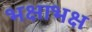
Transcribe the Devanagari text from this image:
भक्षाभक्ष